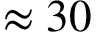
\approx 3 0